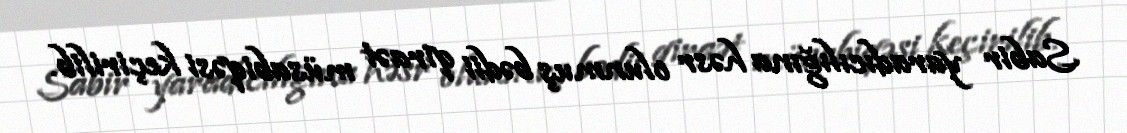
Sabir yaradıcılığına həsr olunmuş bədii qiraət müsabiqəsi keçirilib.